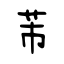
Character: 芾